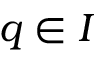
q \in I